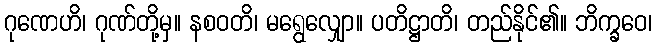
ဂုဏေဟိ၊ ဂုဏ်တို့မှ။ နစဝတိ၊ မရွေလျှော။ ပတိဋ္ဌာတိ၊ တည်နိုင်၏။ ဘိက္ခဝေ၊